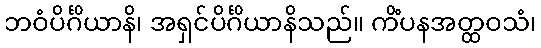
ဘဝံပိင်္ဂိယာနိ၊ အရှင်ပိင်္ဂိယာနိသည်။ ကိံပနအတ္ထဝသံ၊